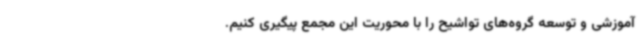
آموزشی و توسعه گروه‌های تواشیح را با محوریت این مجمع پیگیری کنیم.